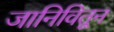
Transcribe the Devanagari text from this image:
जानिवितून